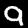
Label: 9